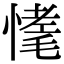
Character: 𢟾